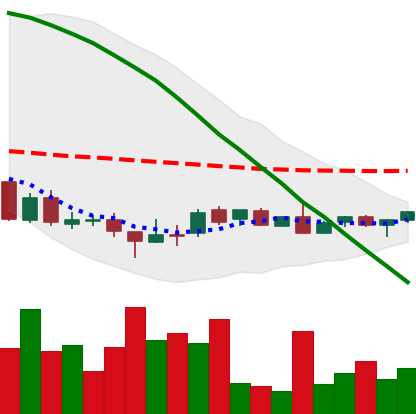
Ticker: DOGE-USD
Chart end date: 2018-08-27
Forward return: 154.996%
Label: up_7plus